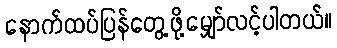
နောက်ထပ်ပြန်တွေ့ဖို့မျှော်လင့်ပါတယ်။